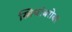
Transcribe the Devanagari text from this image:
स्त्रियांबरोबर